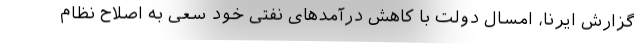
گزارش ایرنا، امسال دولت با کاهش درآمدهای نفتی خود سعی به اصلاح نظام